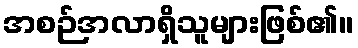
အစဉ်အလာရှိသူများဖြစ်၏။